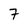
Character: 7